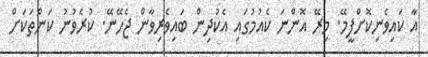
އާ ކައިވެނިކޮށްފީމޭ. މިރޭ އޮންނަ ކެއުމުގައި އެކުދިން ބައިވެރިވާން ޖެހޭނޭ. ކުރެވުނު ކަންތަކަށް